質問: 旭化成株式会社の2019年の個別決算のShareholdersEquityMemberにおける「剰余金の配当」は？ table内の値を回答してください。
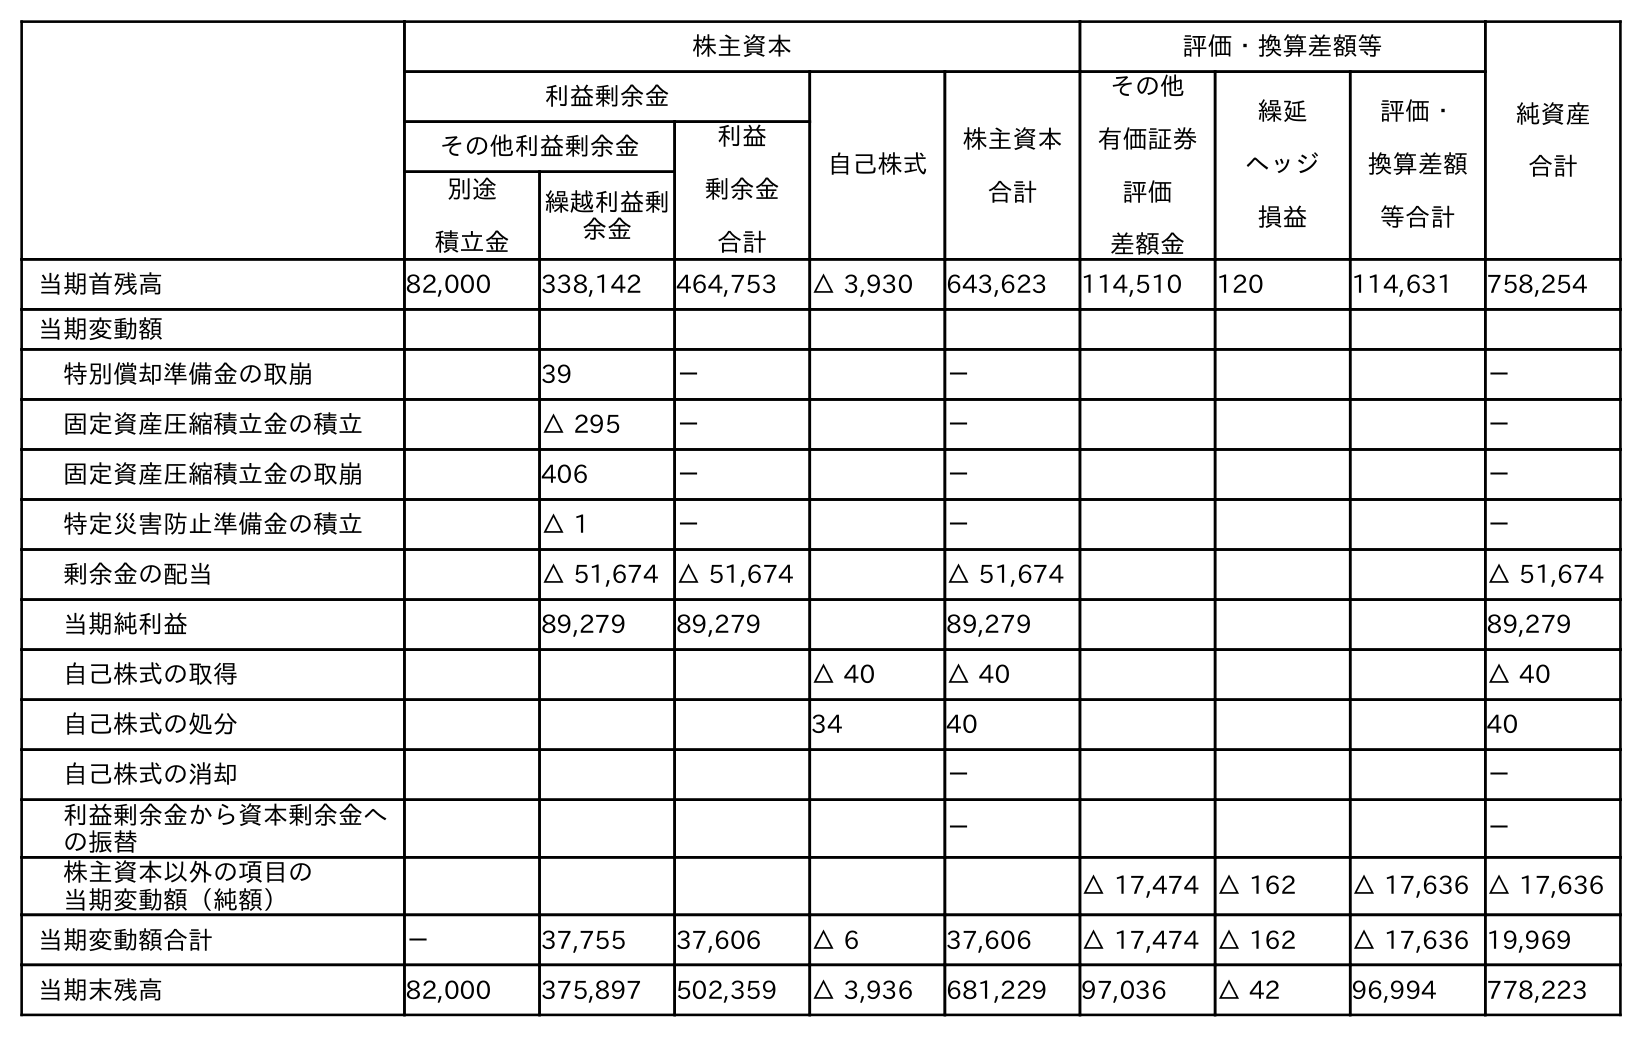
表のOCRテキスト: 株主資本 評価・換算差額等 純資産 合計 利益剰余金 自己株式 株主資本 合計 その他 有価証券 評価 差額金 繰延 ヘッジ 損益 評価・ 換算差額 等合計 その他利益剰余金 利益 剰余金 合計 別途 積立金 繰越利益剰 余金 当期首残高 82,000 338,142 464,753 △ 3,930 643,623 114,510 120 114,631 758,254 当期変動額 特別償却準備金の取崩 39 － － － 固定資産圧縮積立金の積立 △ 295 － － － 固定資産圧縮積立金の取崩 406 － － － 特定災害防止準備金の積立 △ 1 － － － 剰余金の配当 △ 51,674 △ 51,674 △ 51,674 △ 51,674 当期純利益 89,279 89,279 89,279 89,279 自己株式の取得 △ 40 △ 40 △ 40 自己株式の処分 34 40 40 自己株式の消却 － － 利益剰余金から資本剰余金へ の振替 － － 株主資本以外の項目の 当期変動額（純額） △ 17,474 △ 162 △ 17,636 △ 17,636 当期変動額合計 － 37,755 37,606 △ 6 37,606 △ 17,474 △ 162 △ 17,636 19,969 当期末残高 82,000 375,897 502,359 △ 3,936 681,229 97,036 △ 42 96,994 778,223
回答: △51,674